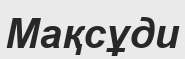
Мақсұди